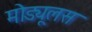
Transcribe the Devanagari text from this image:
मोड्यूलस